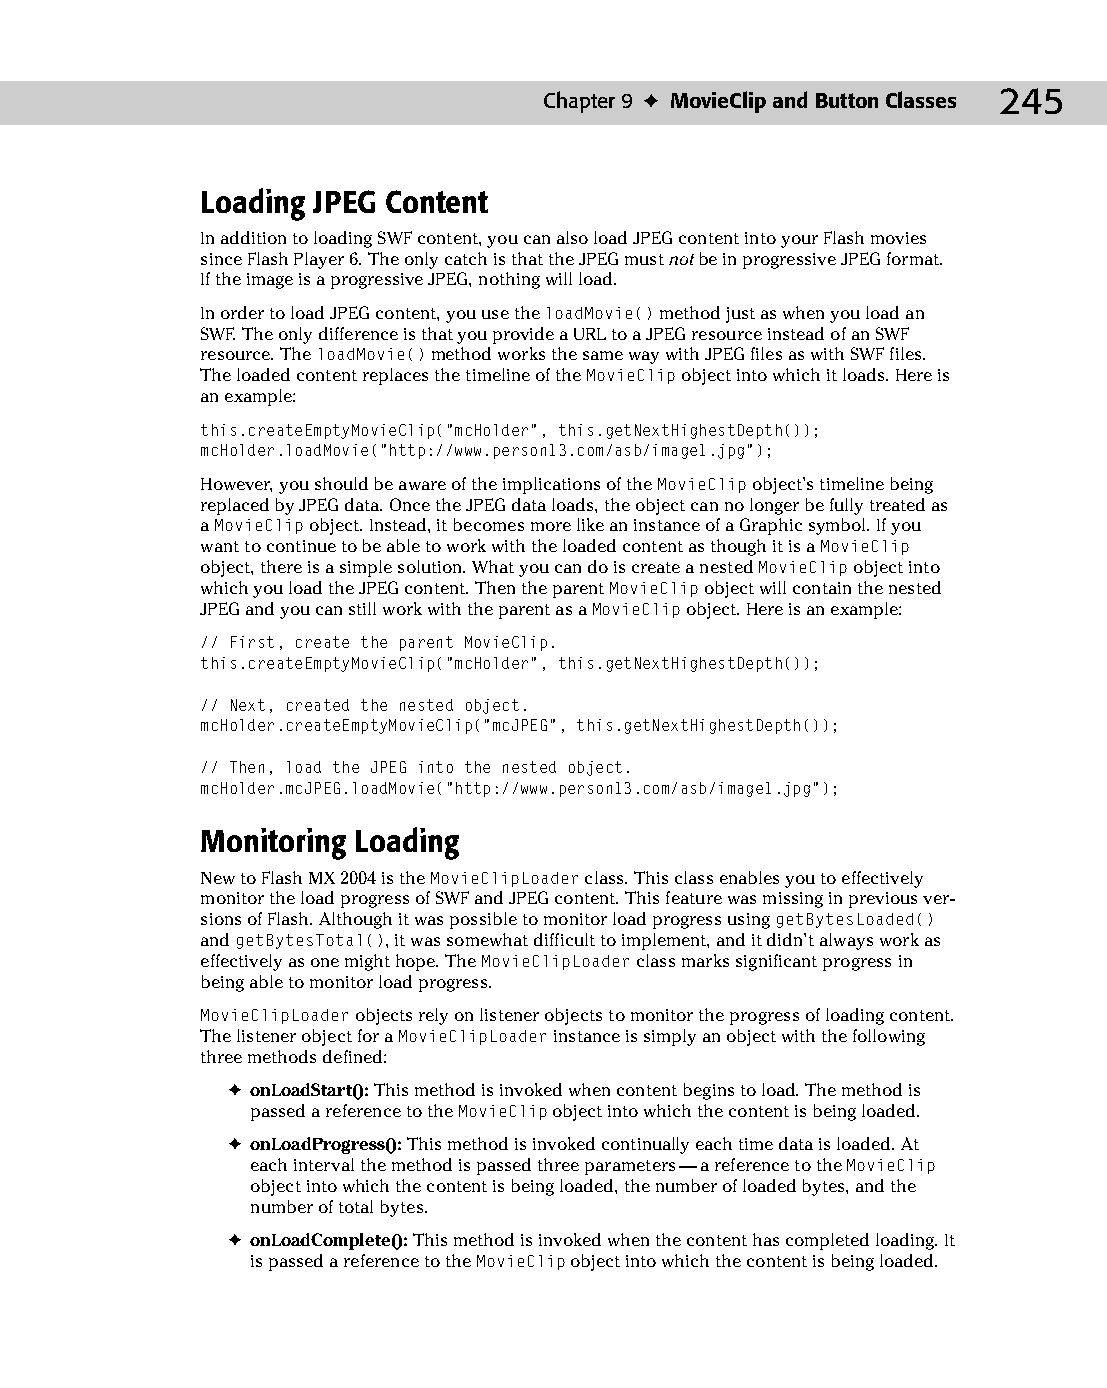
13 543547 ch09.qxd 3/24/04 3:49 PM Page 245
 Chapter 9 ✦ MovieClip and Button Classes 245
 Loading JPEG Content
 In addition to loading SWF content, you can also load JPEG content into your Flash movies
 since Flash Player 6. The only catch is that the JPEG must not be in progressive JPEG format.
 If the image is a progressive JPEG, nothing will load.
 In order to load JPEG content, you use the loadMovie() method just as when you load an
 SWF. The only difference is that you provide a URL to a JPEG resource instead of an SWF
 resource. The loadMovie() method works the same way with JPEG files as with SWF files.
 The loaded content replaces the timeline of the MovieClip object into which it loads. Here is
 an example:
 this.createEmptyMovieClip(“mcHolder”, this.getNextHighestDepth());
 mcHolder.loadMovie(“http://www.person13.com/asb/image1.jpg”);
 However, you should be aware of the implications of the MovieClip object’s timeline being
 replaced by JPEG data. Once the JPEG data loads, the object can no longer be fully treated as
 a MovieClip object. Instead, it becomes more like an instance of a Graphic symbol. If you
 want to continue to be able to work with the loaded content as though it is a MovieClip
 object, there is a simple solution. What you can do is create a nested MovieClip object into
 which you load the JPEG content. Then the parent MovieClip object will contain the nested
 JPEG and you can still work with the parent as a MovieClip object. Here is an example:
 // First, create the parent MovieClip.
 this.createEmptyMovieClip(“mcHolder”, this.getNextHighestDepth());
 // Next, created the nested object.
 mcHolder.createEmptyMovieClip(“mcJPEG”, this.getNextHighestDepth());
 // Then, load the JPEG into the nested object.
 mcHolder.mcJPEG.loadMovie(“http://www.person13.com/asb/image1.jpg”);
 Monitoring Loading
 New to Flash MX 2004 is the MovieClipLoader class. This class enables you to effectively
 monitor the load progress of SWF and JPEG content. This feature was missing in previous ver­
 sions of Flash. Although it was possible to monitor load progress using getBytesLoaded()
 and getBytesTotal(), it was somewhat difficult to implement, and it didn’t always work as
 effectively as one might hope. The MovieClipLoader class marks significant progress in
 being able to monitor load progress.
 MovieClipLoader objects rely on listener objects to monitor the progress of loading content.
 The listener object for a MovieClipLoader instance is simply an object with the following
 three methods defined:
 ✦ onLoadStart(): This method is invoked when content begins to load. The method is
 passed a reference to the MovieClip object into which the content is being loaded.
 ✦ onLoadProgress(): This method is invoked continually each time data is loaded. At
 each interval the method is passed three parameters — a reference to the MovieClip
 object into which the content is being loaded, the number of loaded bytes, and the
 number of total bytes.
 ✦ onLoadComplete(): This method is invoked when the content has completed loading. It
 is passed a reference to the MovieClip object into which the content is being loaded.